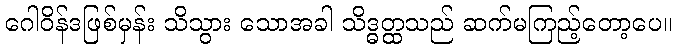
ဂေါဝိန်ဒဖြစ်မှန်း သိသွား သောအခါ သိဒ္ဓတ္ထသည် ဆက်မကြည့်တော့ပေ။